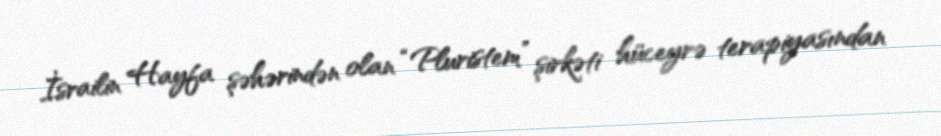
İsrailin Hayfa şəhərindən olan “Pluristem” şirkəti hüceyrə terapiyasından